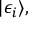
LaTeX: | \epsilon _ { i } \rangle ,